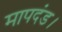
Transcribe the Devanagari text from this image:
मापदंड।